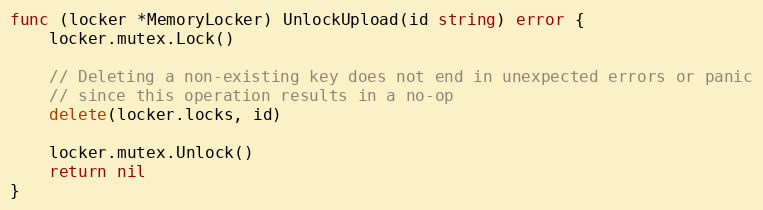
Language: Go
func (locker *MemoryLocker) UnlockUpload(id string) error {
	locker.mutex.Lock()

	// Deleting a non-existing key does not end in unexpected errors or panic
	// since this operation results in a no-op
	delete(locker.locks, id)

	locker.mutex.Unlock()
	return nil
}